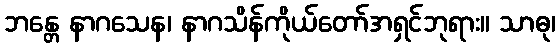
ဘန္တေ နာဂသေန၊ နာဂသိန်ကိုယ်တော်အရှင်ဘုရား။ သာဓု၊